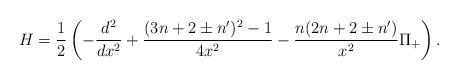
LaTeX: \begin{align*}H=\frac{1}{2}\left(-\frac{d^2}{dx^2}+\frac{(3n+2\pm n')^2-1}{4x^2}- \frac{n(2n+2\pm n')}{x^2}\Pi_+\right).\end{align*}